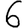
Digit: 6